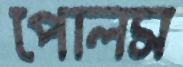
পোলস